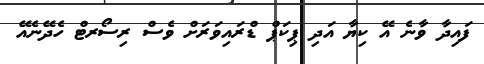
ފައިދާ ވާނެ އޭ ކިޔާ އަދި ޕިކަޕް ޑްރައިވަރަށް ވެސް ރިސޯރޓް ހެދޭނެއޭ